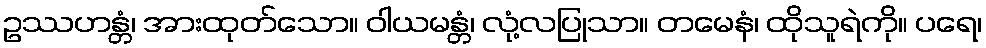
ဥဿဟန္တံ၊ အားထုတ်သော။ ဝါယမန္တံ၊ လုံ့လပြုသာ။ တမေနံ၊ ထိုသူရဲကို။ ပရေ၊